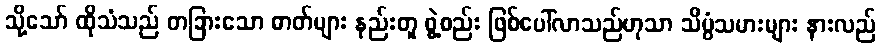
သို့သော် ထိုသံသည် တခြားသော ဓာတ်များ နည်းတူ ဖွဲ့စည်း ဖြစ်ပေါ်လာသည်ဟုသာ သိပ္ပံသမားများ နားလည်